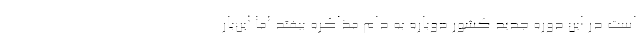
است در این دوره جدید کشور دوباره به دام مذاکره بیفتد اما این‌بار